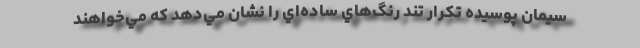
سيمان پوسيده تكرار تند رنگ‌هاي ساده‌اي را نشان مي‌دهد كه مي‌خواهند